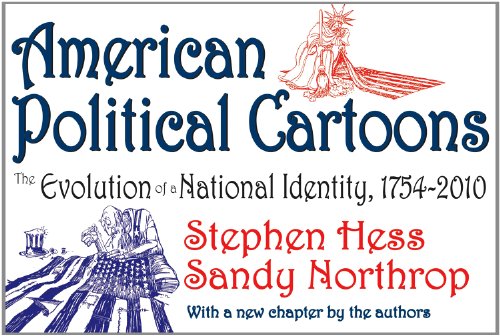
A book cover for American Political Cartoons: The Evolution of a National Identity, 1754-2010, Revised Edition; Stephen Hess; Humor & Entertainment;